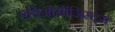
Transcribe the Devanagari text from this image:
एथिओमॉजिस्ट्स